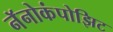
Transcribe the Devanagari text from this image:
नॅनोकंपोझिट